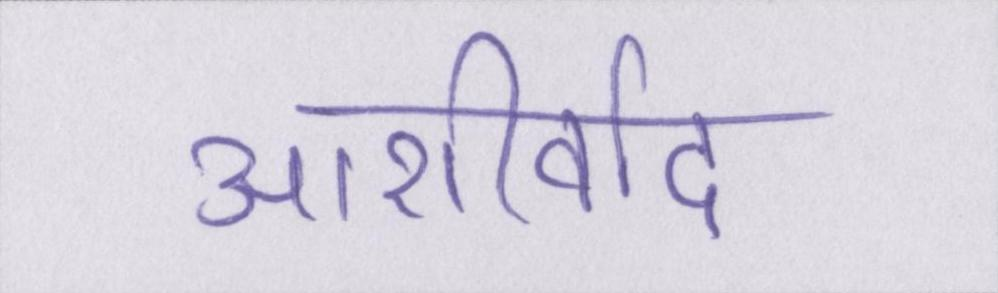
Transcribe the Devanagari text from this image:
आशीर्वाद